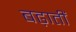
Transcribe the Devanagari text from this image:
बढ़ातीं